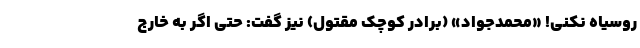
روسیاه نکنی! «محمدجواد» (برادر کوچک مقتول) نیز گفت: حتی اگر به خارج